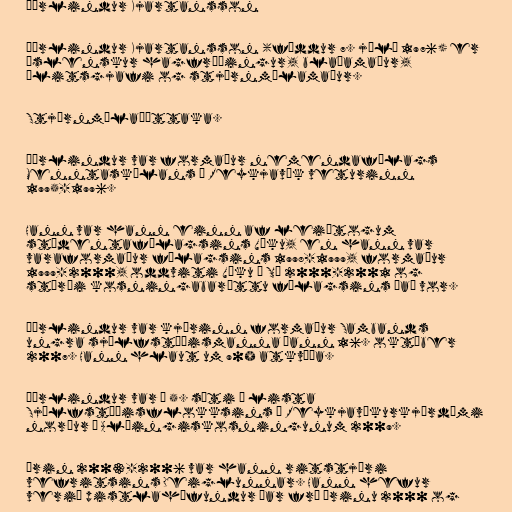
Þórlindur Kjartansson

Þórlindur Kjartansson (fæddur 7. júlí 1976) er
íslenskur hagfræðingur, blaðamaður,
álitsgjafi og stjórnmálamaður.

Stjórnmálaþáttaka.

Þórlindur var formaður nemendafélags
Menntaskólans í Reykjavík veturinn
1995-1996.

Hann var hann einn af leiðtogum
stúdentafélagsins Vöku, en hann var
varaformaður félagsins 1998-1999, formaður
1999-2000, oddviti Vöku í SHÍ 2000-2001 og
stýrði kosningabaráttu félagsins það vor.

Þórlindur var kjörinn formaður Sambands
ungra sjálfstæðismanna þann 16. október
2007. Hann hlaut um 90% atkvæða.

Þórlindur var í 5. sæti á lista
Sjálfstæðisflokksins í Reykjavíkurkjördæmi
norður í Alþingiskosningunum 2009.

Árin 2003-2006 var hann ritstjóri
vefritsins Deiglunnar. Hann hefur
verið pistlahöfundur þar frá árinu 2000 og